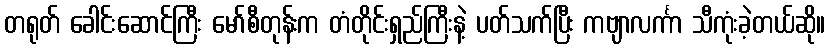
တရုတ် ခေါင်းဆောင်ကြီး မော်စီတုန်းက တံတိုင်းရှည်ကြီးနဲ့ ပတ်သက်ပြီး ကဗျာလင်္ကာ သီကုံးခဲ့တယ်ဆို။